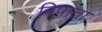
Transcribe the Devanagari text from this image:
त्रिपाता